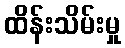
ထိန်းသိမ်းမှု